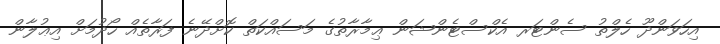
އިހަވަންދޫ ހެލްތު ސެންޓަރ އެކްސްޓެންޝަން ޢިމާރާތުގެ މަސައްކަތް ކޮށްދޭނެ ފަރާތެއް ހޯދުމަށް އިޢުލާން